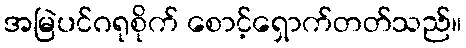
အမြဲပင်ဂရုစိုက် စောင့်ရှောက်တတ်သည်။